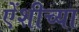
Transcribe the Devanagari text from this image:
एेंशीच्या